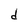
Character: d